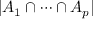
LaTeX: | A _ { 1 } \cap \cdots \cap A _ { p } |